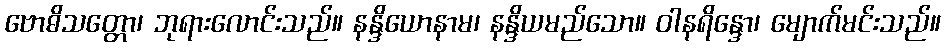
ဗောဓိသတ္တော၊ ဘုရားလောင်းသည်။ နန္ဒိယောနာမ၊ နန္ဒိယမည်သော။ ဝါနရိန္ဒော၊ မျောက်မင်းသည်။